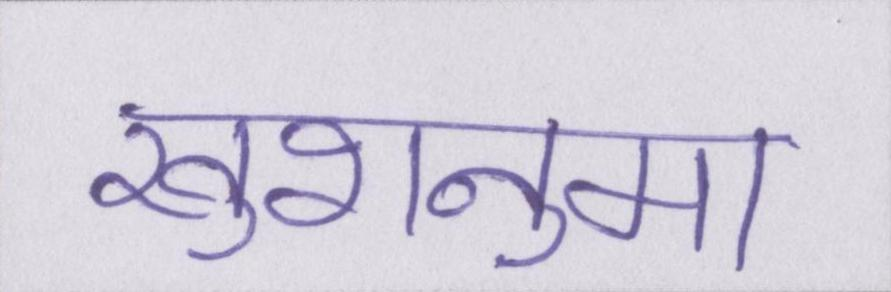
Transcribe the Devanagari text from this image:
खुशनुमा